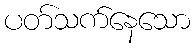
ပတ်သက်နေသော